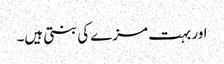
اور بہت مزے کی بنتی ہیں۔